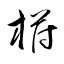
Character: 﨓